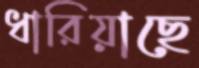
ধারিয়াছে